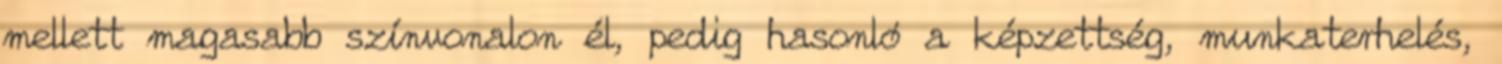
mellett magasabb színvonalon él, pedig hasonló a képzettség, munkaterhelés,